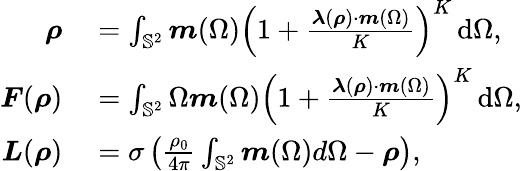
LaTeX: \begin{array}{rl}{\boldsymbol{\rho}}&{{}=\int_{\mathbb{S}^{2}}\boldsymbol{m}(\Omega)\left(1+\frac{\boldsymbol{\lambda}(\boldsymbol{\rho})\cdot\boldsymbol{m}(\Omega)}{K}\right)^{K}\, \mathrm{d}\Omega,}\\ {\boldsymbol{F}(\boldsymbol{\rho})}&{{}=\int_{\mathbb{S}^{2}}\Omega\boldsymbol{m}(\Omega)\left(1+\frac{\boldsymbol{\lambda}(\boldsymbol{\rho})\cdot\boldsymbol{m}(\Omega)}{K}\right)^{K}\, \mathrm{d}\Omega,}\\ {\boldsymbol{L}(\boldsymbol{\rho})}&{{}=\sigma\left(\frac{\rho_{0}}{4\pi}\int_{\mathbb{S}^{2}}\boldsymbol{m}(\Omega)d\Omega-\boldsymbol{\rho}\right),}\end{array}